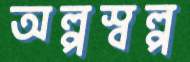
অল্পস্বল্প